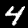
Digit: 4